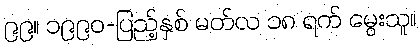
၉၉။ ၁၉၉၀-ပြည့်နှစ် မတ်လ ၁၈ ရက် မွေးသူ။